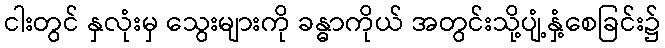
ငါးတွင် နှလုံးမှ သွေးများကို ခန္ဓာကိုယ် အတွင်းသို့ပျံ့နှံ့စေခြင်း၌